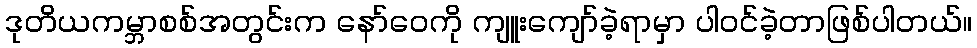
ဒုတိယကမ္ဘာစစ်အတွင်းက နော်ဝေကို ကျူးကျော်ခဲ့ရာမှာ ပါဝင်ခဲ့တာဖြစ်ပါတယ်။